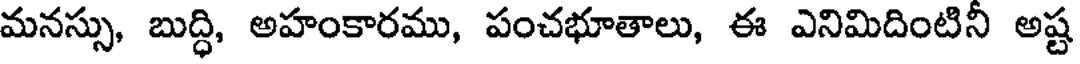
మనస్సు, బుద్ధి, అహంకారము, పంచభూతాలు, ఈ ఎనిమిదింటినీ అష్ట